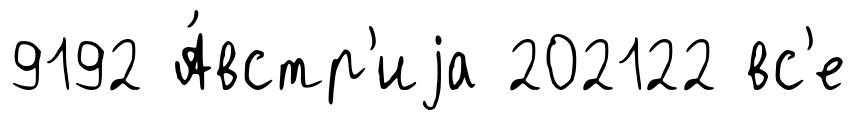
9192 А́встр'иjа 202122 вс'е